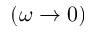
( \omega \rightarrow 0 )